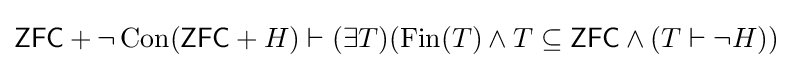
{\mathsf {ZFC}}+\lnot \operatorname {Con} ({\mathsf {ZFC}}+H)\vdash (\exists T)(\operatorname {Fin} (T)\land T\subseteq {\mathsf {ZFC}}\land (T\vdash \lnot H))